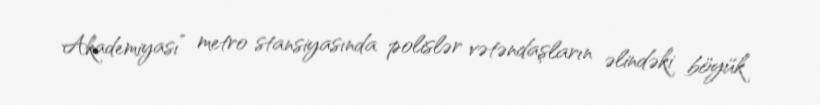
Akademiyası” metro stansiyasında polislər vətəndaşların əlindəki böyük